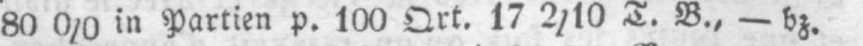
80 0/0 in Partien p. 100 Qrt. 17 2/10 T. B., - bz.